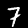
Digit: 7